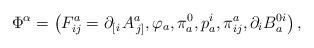
LaTeX: \begin{align*}\Phi ^{\alpha }=\left( F_{ij}^{a}=\partial _{\left[ i\right. }A_{\left.j\right] }^{a},\varphi _{a},\pi _{a}^{0},p_{a}^{i},\pi _{ij}^{a},\partial_{i}B_{a}^{0i}\right) , \end{align*}